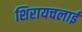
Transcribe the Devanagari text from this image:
शिरायचलाई